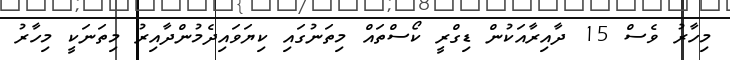
މިހާރު ވެސް 15 ދާއިރާއަކުން ޑިގްރީ ކޯސްތައް މިތަނުގައި ކިޔަވައިދެމުންދާއިރު މިތަނަކީ މިހާރު